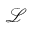
{ \mathcal { L } }